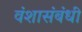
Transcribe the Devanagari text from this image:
वंशासंबंधी